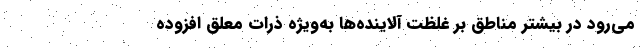
می‌رود در بیشتر مناطق بر غلظت آلاینده‌ها به‌ویژه ذرات معلق افزوده